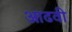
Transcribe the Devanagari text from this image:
आढवी